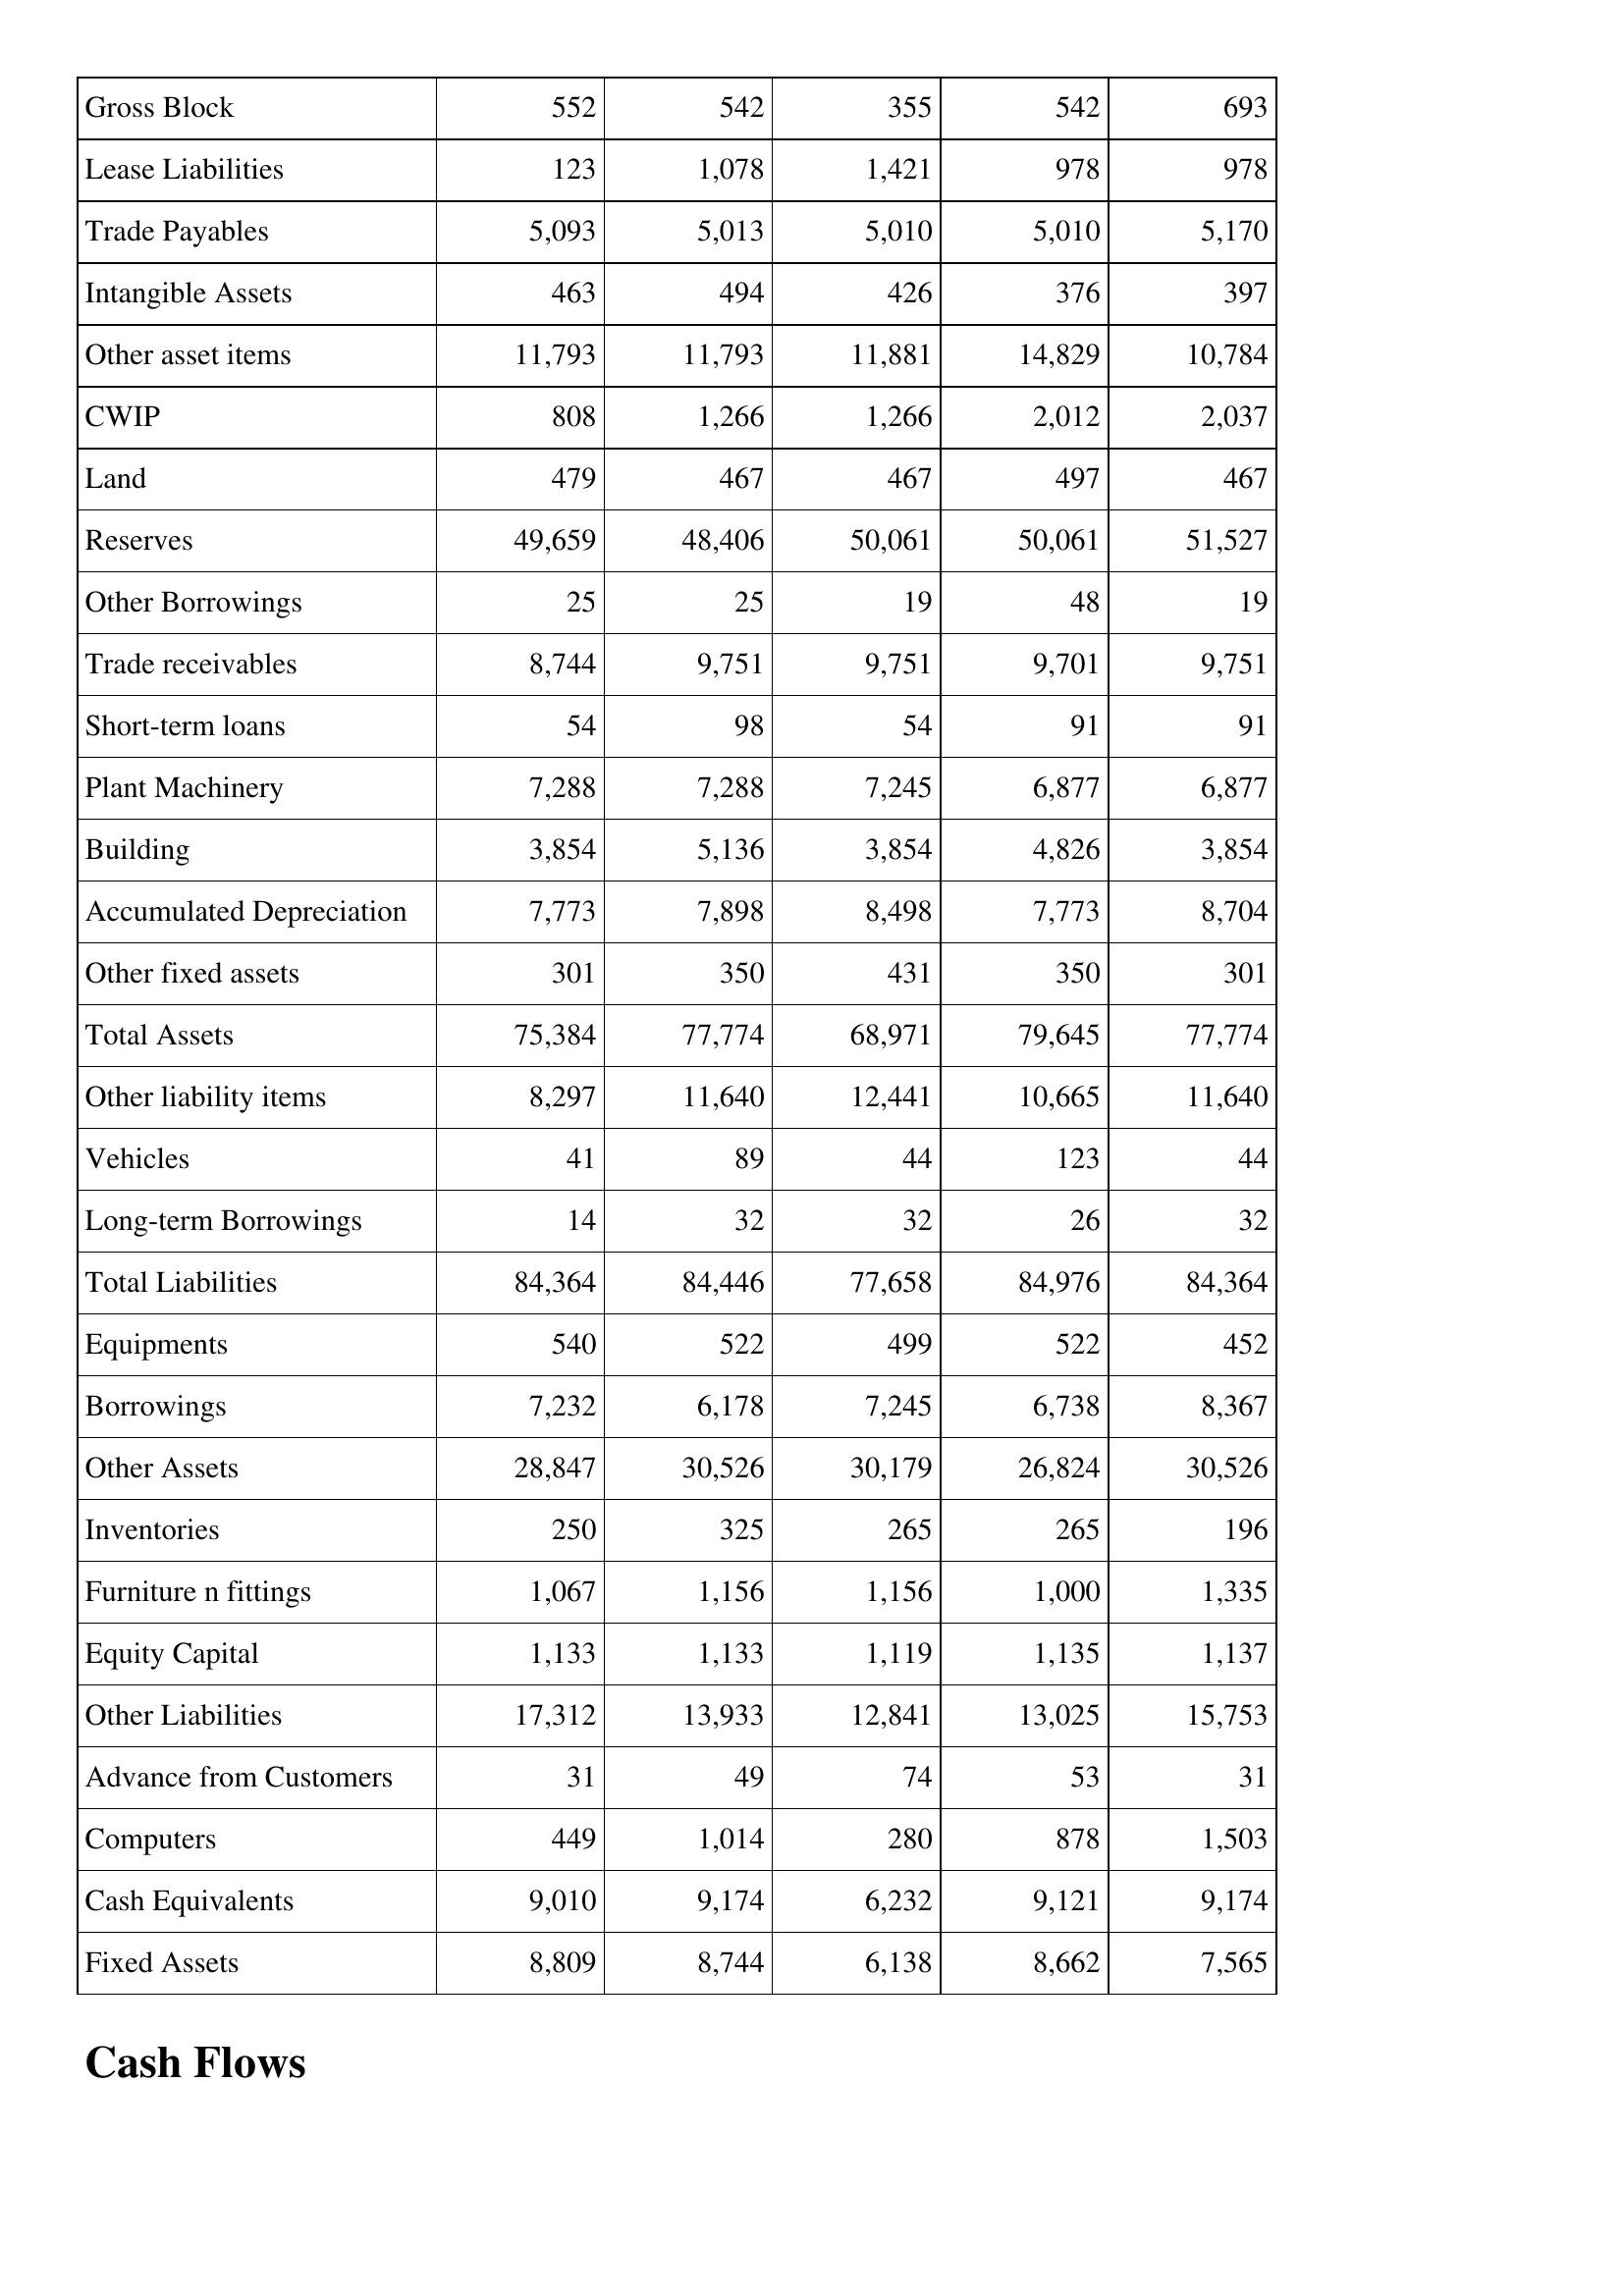
Mar-96: Balance Sheet: Gross Block: 552
Lease Liabilities: 123
Trade Payables: 5,093
Intangible Assets: 463
Other asset items: 11,793
CWIP: 808
Land: 479
Reserves: 49,659
Other Borrowings: 25
Trade receivables: 8,744
Short-term loans: 54
Plant Machinery: 7,288
Building: 3,854
Accumulated Depreciation: 7,773
Other fixed assets: 301
Total Assets: 75,384
Other liability items: 8,297
Vehicles: 41
Long-term Borrowings: 14
Total Liabilities: 84,364
Equipments: 540
Borrowings: 7,232
Other Assets: 28,847
Inventories: 250
Furniture n fittings: 1,067
Equity Capital: 1,133
Other Liabilities: 17,312
Advance from Customers: 31
Computers: 449
Cash Equivalents: 9,010
Fixed Assets: 8,809
Mar-95: Balance Sheet: Gross Block: 542
Lease Liabilities: 1,078
Trade Payables: 5,013
Intangible Assets: 494
Other asset items: 11,793
CWIP: 1,266
Land: 467
Reserves: 48,406
Other Borrowings: 25
Trade receivables: 9,751
Short-term loans: 98
Plant Machinery: 7,288
Building: 5,136
Accumulated Depreciation: 7,898
Other fixed assets: 350
Total Assets: 77,774
Other liability items: 11,640
Vehicles: 89
Long-term Borrowings: 32
Total Liabilities: 84,446
Equipments: 522
Borrowings: 6,178
Other Assets: 30,526
Inventories: 325
Furniture n fittings: 1,156
Equity Capital: 1,133
Other Liabilities: 13,933
Advance from Customers: 49
Computers: 1,014
Cash Equivalents: 9,174
Fixed Assets: 8,744
Mar-94: Balance Sheet: Gross Block: 355
Lease Liabilities: 1,421
Trade Payables: 5,010
Intangible Assets: 426
Other asset items: 11,881
CWIP: 1,266
Land: 467
Reserves: 50,061
Other Borrowings: 19
Trade receivables: 9,751
Short-term loans: 54
Plant Machinery: 7,245
Building: 3,854
Accumulated Depreciation: 8,498
Other fixed assets: 431
Total Assets: 68,971
Other liability items: 12,441
Vehicles: 44
Long-term Borrowings: 32
Total Liabilities: 77,658
Equipments: 499
Borrowings: 7,245
Other Assets: 30,179
Inventories: 265
Furniture n fittings: 1,156
Equity Capital: 1,119
Other Liabilities: 12,841
Advance from Customers: 74
Computers: 280
Cash Equivalents: 6,232
Fixed Assets: 6,138
Mar-93: Balance Sheet: Gross Block: 542
Lease Liabilities: 978
Trade Payables: 5,010
Intangible Assets: 376
Other asset items: 14,829
CWIP: 2,012
Land: 497
Reserves: 50,061
Other Borrowings: 48
Trade receivables: 9,701
Short-term loans: 91
Plant Machinery: 6,877
Building: 4,826
Accumulated Depreciation: 7,773
Other fixed assets: 350
Total Assets: 79,645
Other liability items: 10,665
Vehicles: 123
Long-term Borrowings: 26
Total Liabilities: 84,976
Equipments: 522
Borrowings: 6,738
Other Assets: 26,824
Inventories: 265
Furniture n fittings: 1,000
Equity Capital: 1,135
Other Liabilities: 13,025
Advance from Customers: 53
Computers: 878
Cash Equivalents: 9,121
Fixed Assets: 8,662
Mar-92: Balance Sheet: Gross Block: 693
Lease Liabilities: 978
Trade Payables: 5,170
Intangible Assets: 397
Other asset items: 10,784
CWIP: 2,037
Land: 467
Reserves: 51,527
Other Borrowings: 19
Trade receivables: 9,751
Short-term loans: 91
Plant Machinery: 6,877
Building: 3,854
Accumulated Depreciation: 8,704
Other fixed assets: 301
Total Assets: 77,774
Other liability items: 11,640
Vehicles: 44
Long-term Borrowings: 32
Total Liabilities: 84,364
Equipments: 452
Borrowings: 8,367
Other Assets: 30,526
Inventories: 196
Furniture n fittings: 1,335
Equity Capital: 1,137
Other Liabilities: 15,753
Advance from Customers: 31
Computers: 1,503
Cash Equivalents: 9,174
Fixed Assets: 7,565